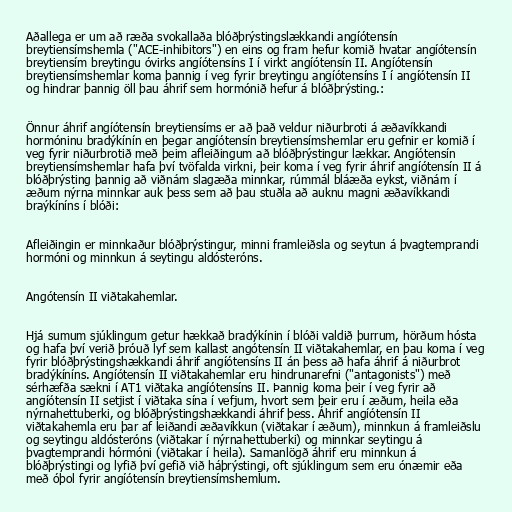
Aðallega er um að ræða svokallaða blóðþrýstingslækkandi angíótensín
breytiensímshemla ("ACE-inhibitors") en eins og fram hefur komið hvatar angíótensín
breytiensím breytingu óvirks angíótensíns I í virkt angíótensín II. Angíótensín
breytiensímshemlar koma þannig í veg fyrir breytingu angíótensíns I í angíótensín II
og hindrar þannig öll þau áhrif sem hormónið hefur á blóðþrýsting.:

Önnur áhrif angíótensín breytiensíms er að það veldur niðurbroti á æðavíkkandi
hormóninu bradýkínín en þegar angíótensín breytiensímshemlar eru gefnir er komið í
veg fyrir niðurbrotið með þeim afleiðingum að blóðþrýstingur lækkar. Angíótensín
breytiensímshemlar hafa því tvöfalda virkni, þeir koma í veg fyrir áhrif angíótensín II á
blóðþrýsting þannig að viðnám slagæða minnkar, rúmmál bláæða eykst, viðnám í
æðum nýrna minnkar auk þess sem að þau stuðla að auknu magni æðavíkkandi
braýkíníns í blóði:

Afleiðingin er minnkaður blóðþrýstingur, minni framleiðsla og seytun á þvagtemprandi
hormóni og minnkun á seytingu aldósteróns.

Angótensín II viðtakahemlar.

Hjá sumum sjúklingum getur hækkað bradýkínin í blóði valdið þurrum, hörðum hósta
og hafa því verið þróuð lyf sem kallast angótensín II viðtakahemlar, en þau koma í veg
fyrir blóðþrýstingshækkandi áhrif angíótensíns II án þess að hafa áhrif á niðurbrot
bradýkíníns. Angíótensín II viðtakahemlar eru hindrunarefni ("antagonists") með
sérhæfða sækni í AT1 viðtaka angíótensíns II. Þannig koma þeir í veg fyrir að
angíótensín II setjist í viðtaka sína í vefjum, hvort sem þeir eru í æðum, heila eða
nýrnahettuberki, og blóðþrýstingshækkandi áhrif þess. Áhrif angíótensín II
viðtakahemla eru þar af leiðandi æðavíkkun (viðtakar í æðum), minnkun á framleiðslu
og seytingu aldósteróns (viðtakar í nýrnahettuberki) og minnkar seytingu á
þvagtemprandi hórmóni (viðtakar í heila). Samanlögð áhrif eru minnkun á
blóðþrýstingi og lyfið því gefið við háþrýstingi, oft sjúklingum sem eru ónæmir eða
með óþol fyrir angíótensín breytiensímshemlum.